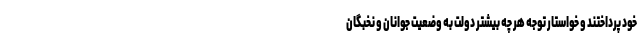
خود پرداختند و خواستار توجه هر چه بیشتر دولت به وضعیت جوانان و نخبگان